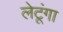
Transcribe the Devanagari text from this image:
लेटूंगा